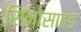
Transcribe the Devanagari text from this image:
सिनोसाइड